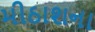
મીઠાશના